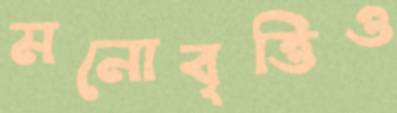
মনোবৃত্তিও